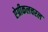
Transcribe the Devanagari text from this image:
ऐग्रीकलचरल